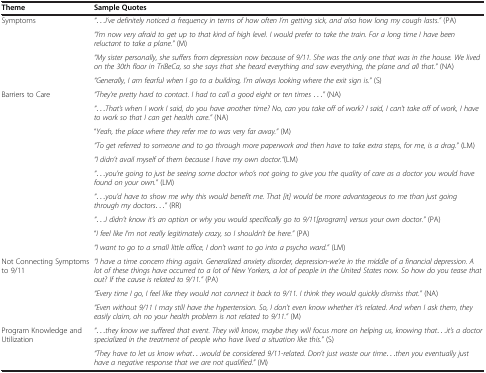
<table><thead><tr><td><b>Theme</b></td><td><b>Sample Quotes</b></td></tr></thead><tbody><tr><td>Symptoms</td><td><i>“...I’ve definitely noticed a frequency in terms of how often I’m getting sick, and also how long my cough lasts.”</i> (PA)</td></tr><tr><td> </td><td><i>“I’m now very afraid to get up to that kind of high level. I would prefer to take the train. For a long time I have been reluctant to take a plane.”</i> (M)</td></tr><tr><td> </td><td><i>“My sister personally, she suffers from depression now because of 9/11. She was the only one that was in the house. We lived on the 30th floor in TriBeCa, so she says that she heard everything and saw everything, the plane and all that.”</i> (NA)</td></tr><tr><td> </td><td><i>“Generally, I am fearful when I go to a building, I’m always looking where the exit sign is.”</i> (S)</td></tr><tr><td>Barriers to Care</td><td><i>“They’re pretty hard to contact. I had to call a good eight or ten times ...”</i> (NA)</td></tr><tr><td> </td><td><i>“...That’s when I work I said, do you have another time? No, can you take off of work? I said, I can’t take off of work, I have to work so that I can get health care.”</i> (NA)</td></tr><tr><td> </td><td>“<i>Yeah, the place where they refer me to was very far away.”</i> (M)</td></tr><tr><td> </td><td><i>“To get referred to someone and to go through more paperwork and then have to take extra steps, for me, is a drag.”</i> (LM)</td></tr><tr><td> </td><td><i>“I didn’t avail myself of them because I have my own doctor.”</i>(LM)</td></tr><tr><td> </td><td><i>“...you’re going to just be seeing some doctor who’s not going to give you the quality of care as a doctor you would have found on your own.”</i> (LM)</td></tr><tr><td> </td><td><i>“...you’d have to show me why this would benefit me. That [it] would be more advantageous to me than just going through my doctors...”</i> (RR)</td></tr><tr><td> </td><td><i>“...I didn’t know it’s an option or why you would specifically go to 9/11[program] versus your own doctor.”</i> (PA)</td></tr><tr><td> </td><td>“<i>I feel like I’m not really legitimately crazy, so I shouldn’t be here.”</i> (PA)</td></tr><tr><td> </td><td><i>“I want to go to a small little office, I don’t want to go into a psycho ward.”</i> (LM)</td></tr><tr><td>Not Connecting Symptoms to 9/11</td><td><i>“I have a time concern thing again. Generalized anxiety disorder, depression-we’re in the middle of a financial depression. A lot of these things have occurred to a lot of New Yorkers, a lot of people in the United States now. So how do you tease that out? If the cause is related to 9/11.”</i> (PA)</td></tr><tr><td> </td><td><i>“Every time I go, I feel like they would not connect it back to 9/11. I think they would quickly dismiss that.”</i> (NA)</td></tr><tr><td> </td><td><i>“Even without 9/11 I may still have the hypertension. So, I don’t even know whether it’s related. And when I ask them, they easily claim, oh no your health problem is not related to 9/11.”</i> (M)</td></tr><tr><td>Program Knowledge and Utilization</td><td><i>“...they know we suffered that event. They will know, maybe they will focus more on helping us, knowing that...it’s a doctor specialized in the treatment of people who have lived a situation like this.”</i> (S)</td></tr><tr><td> </td><td><i>“They have to let us know what...would be considered 9/11-related. Don’t just waste our time...then you eventually just have a negative response that we are not qualified.”</i> (M)</td></tr></tbody></table>